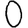
Digit: 0